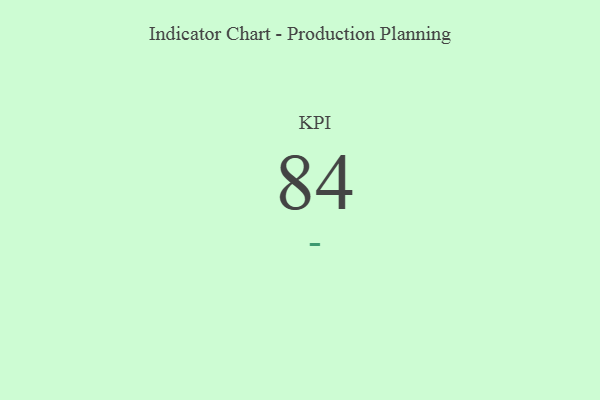
{"axis": {"x": "KPI", "y": "Value"}, "legend": [""], "data": [{"x": "KPI", "y": 84, "type": ""}]}